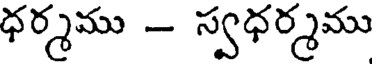
ధర్మము - స్వధర్మము